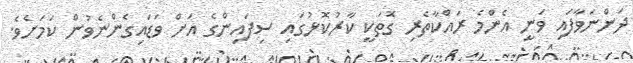
ދަންނަވާފައި ވަނީ އެންމެ ރައްކާތެރި ގޮތަކީ ކާރުކޮޅުގައި ސިފައިންގެ އަށް ވަޑައިގެންނެވުން ކަމަށެވެ.